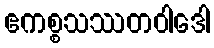
ဧကစ္စသဿတဝါဒေါ